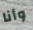
وأنا